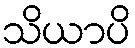
သိယာပိ